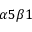
\alpha 5 \beta 1